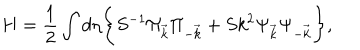
H = \frac { 1 } { 2 } \int d \eta \Biggl \{ S ^ { - 1 } \Pi _ { \vec { k } } \Pi _ { - \vec { k } } + S k ^ { 2 } \Psi _ { \vec { k } } \Psi _ { - \vec { k } } \Biggr \} ,